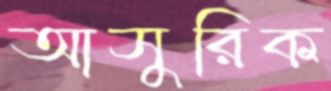
আসুরিক